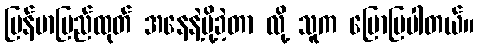
မြန်မာပြည်ထုတ် အနေနဲ့ပို့ခဲ့တာ လို့ သူက ပြောပြပါတယ်။